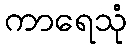
ကာရေသုံ